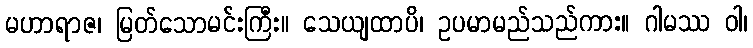
မဟာရာဇ၊ မြတ်သောမင်းကြီး။ သေယျထာပိ၊ ဥပမာမည်သည်ကား။ ဂါမဿ ဝါ၊